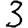
Digit: 3